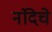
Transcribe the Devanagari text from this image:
नंदिचे